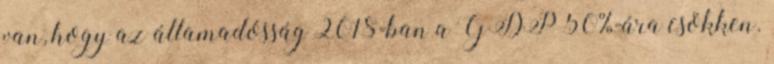
van, hogy az államadósság 2018-ban a GDP 50%-ára csökken.